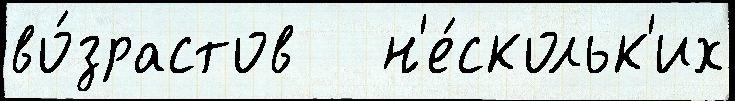
во́зрастов   н'е́скольк'их